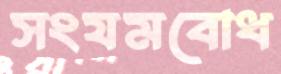
সংযমবোধ